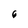
Character: 6